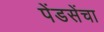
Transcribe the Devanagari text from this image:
पेंडसेंचा